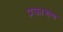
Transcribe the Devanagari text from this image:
प्रकाशण